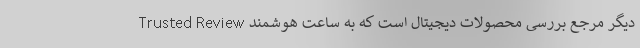
Trusted Review دیگر مرجع بررسی محصولات دیجیتال است که به ساعت هوشمند